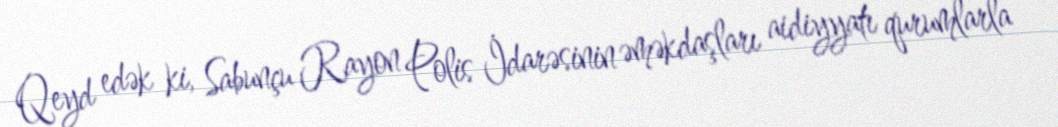
Qeyd edək ki, Sabunçu Rayon Polis İdarəsinin əməkdaşları aidiyyatı qurumlarla